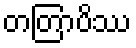
တတြာပိဿ